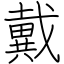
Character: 戴